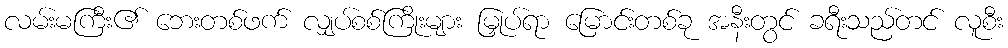
လမ်းမကြီး၏ ဘေးတစ်ဖက် လျှပ်စစ်ကြိုးများ မြှုပ်ရာ မြောင်းတစ်ခု အနီးတွင် ခရီးသည်တင် လူစီး